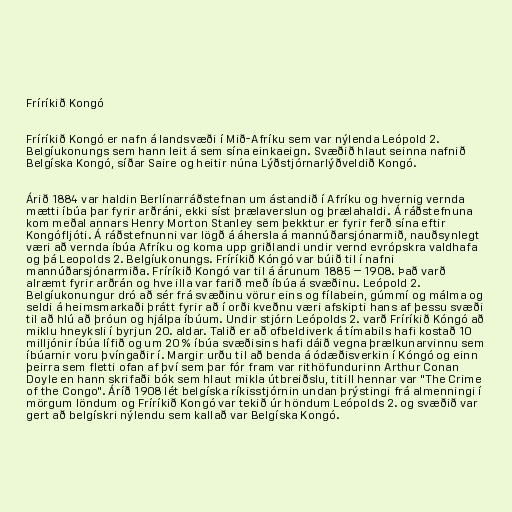
Fríríkið Kongó

Fríríkið Kongó er nafn á landsvæði í Mið-Afríku sem var nýlenda Leópold 2.
Belgíukonungs sem hann leit á sem sína einkaeign. Svæðið hlaut seinna nafnið
Belgíska Kongó, síðar Saire og heitir núna Lýðstjórnarlýðveldið Kongó.

Árið 1884 var haldin Berlínarráðstefnan um ástandið í Afríku og hvernig vernda
mætti íbúa þar fyrir arðráni, ekki síst þrælaverslun og þrælahaldi. Á ráðstefnuna
kom meðal annars Henry Morton Stanley sem þekktur er fyrir ferð sína eftir
Kongófljóti. Á ráðstefnunni var lögð á áhersla á mannúðarsjónarmið, nauðsynlegt
væri að vernda íbúa Afríku og koma upp griðlandi undir vernd evrópskra valdhafa
og þá Leopolds 2. Belgíukonungs. Fríríkið Kóngó var búið til í nafni
mannúðarsjónarmiða. Fríríkið Kongó var til á árunum 1885 – 1908. Það varð
alræmt fyrir arðrán og hve illa var farið með íbúa á svæðinu. Leópold 2.
Belgíukonungur dró að sér frá svæðinu vörur eins og fílabein, gúmmí og málma og
seldi á heimsmarkaði þrátt fyrir að í orði kveðnu væri afskipti hans af þessu svæði
til að hlú að þróun og hjálpa íbúum. Undir stjórn Leópolds 2. varð Fríríkið Kóngó að
miklu hneyksli í byrjun 20. aldar. Talið er að ofbeldiverk á tímabils hafi kostað 10
milljónir íbúa lífið og um 20 % íbúa svæðisins hafi dáið vegna þrælkunarvinnu sem
íbúarnir voru þvíngaðir í. Margir urðu til að benda á ódæðisverkin í Kóngó og einn
þeirra sem fletti ofan af því sem þar fór fram var rithöfundurinn Arthur Conan
Doyle en hann skrifaði bók sem hlaut mikla útbreiðslu, titill hennar var "The Crime
of the Congo". Áríð 1908 lét belgíska ríkisstjórnin undan þrýstingi frá almenningi í
mörgum löndum og Fríríkið Kongó var tekið úr höndum Leópolds 2. og svæðið var
gert að belgískri nýlendu sem kallað var Belgíska Kongó.